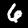
Label: 6